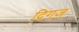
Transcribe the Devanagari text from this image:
दिगज